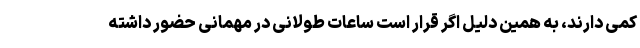
کمی دارند، به همین دلیل اگر قرار است ساعات طولانی در مهمانی حضور داشته